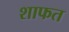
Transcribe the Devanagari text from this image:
शाफत